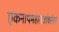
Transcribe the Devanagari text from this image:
एकनाथमहाराजांबरोबर